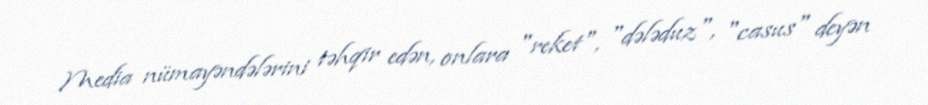
Media nümayəndələrini təhqir edən, onlara "reket", "dələduz", "casus" deyən